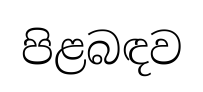
පිළබඳව